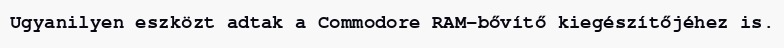
Ugyanilyen eszközt adtak a Commodore RAM-bővítő kiegészítőjéhez is.